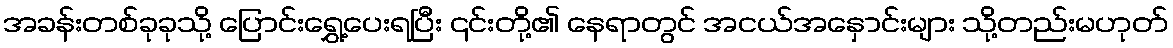
အခန်းတစ်ခုခုသို့ ပြောင်းရွှေ့ပေးရပြီး ၎င်းတို့၏ နေရာတွင် အငယ်အနှောင်းများ သို့တည်းမဟုတ်